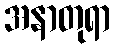
အနာတုရာ